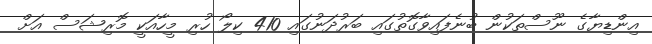
އިންޑިޔާގެ ނޫސްތަކުން ބުނެފައިވާގޮތުގައި ބަރުދަނުގައި 410 ކިލޯ ހުރި މީހާއަކީ މޮރިޝަސް އަށް